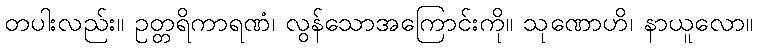
တပါးလည်း။ ဥတ္တရိကာရဏံ၊ လွန်သောအကြောင်းကို။ သုဏောဟိ၊ နာယူလော။